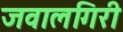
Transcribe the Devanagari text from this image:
जवालगिरी